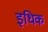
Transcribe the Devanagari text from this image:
इधिक